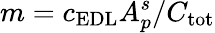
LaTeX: m=c_{\mathrm{EDL}}A_{p}^{s}/C_{\mathrm{tot}}